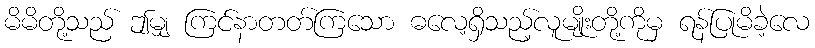
မိမိတို့သည် ဤမျှ ကြင်နာတတ်ကြသော ဓလေ့ရှိသည့်လူမျိုးတို့ကိုမှ ရန်ပြုမိခဲ့လေ